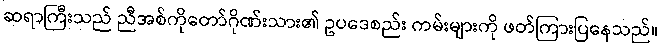
ဆရာကြီးသည် ညီအစ်ကိုတော်ဂိုဏ်းသား၏ ဥပဒေစည်း ကမ်းများကို ဖတ်ကြားပြနေသည်။